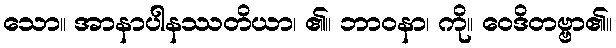
သော။ အာနာပါနဿတိယာ၊ ၏။ ဘာဝနာ၊ ကို။ ဝေဒိတဗ္ဗာ၏။